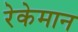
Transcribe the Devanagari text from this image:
रेकेमान